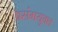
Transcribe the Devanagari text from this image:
प्रसंगयुक्त